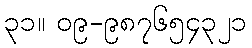
၃၁။ ၀၉-၉၈၇၆၅၄၃၂၁